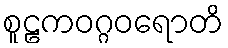
စူဠကဝဂ္ဂဝရောတိ